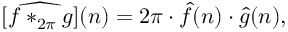
[ { \widehat { f * _ { 2 \pi } g } } ] ( n ) = 2 \pi \cdot { \hat { f } } ( n ) \cdot { \hat { g } } ( n ) ,